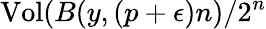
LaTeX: {\mathrm{Vol}}(B(y,(p+\epsilon)n)/2^{n}